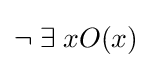
\lnot \;\exists \;xO(x)